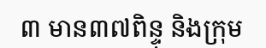
៣ មាន៣៧ពិន្ទុ និងក្រុម